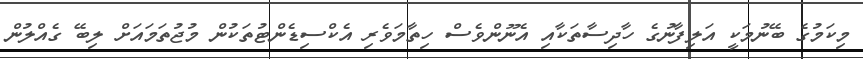
މިކަމުގެ ބޭނުމަކީ އަލިފާނުގެ ހާދިސާތަކާއި އެނޫންވެސް ހިތާމަވެރި އެކްސިޑެންޓުތަކުން މުޖުތަމައަށް ލިބޭ ގެއްލުން